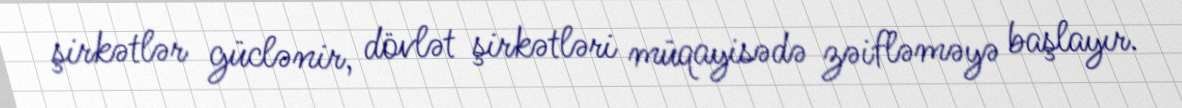
şirkətlər güclənir, dövlət şirkətləri müqayisədə zəifləməyə başlayır.